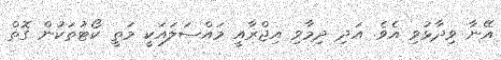
އޭނާ ވިދާޅުވި އެވެ. އަދި ދިމާވި އިޖްރާއީ މައްސަލައަކީ މަތީ ކޯޓުތަކުން ގޮތް